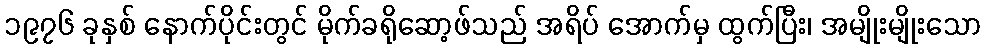
၁၉၇၆ ခုနှစ် နောက်ပိုင်းတွင် မိုက်ခရိုဆော့ဖ်သည် အရိပ် အောက်မှ ထွက်ပြီး၊ အမျိုးမျိုးသော